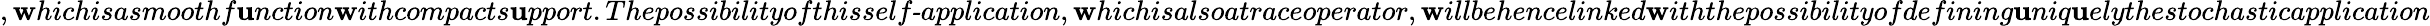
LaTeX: ,\mathbf{w}hichisasmoothf\mathbf{u}nction\mathbf{w}ithcompacts\mathbf{u}pport.Thepossibilityofthis\textit{{self-application}},\mathbf{w}hichisalsoa\textit{{traceoperator}},\mathbf{w}illbehencelinked\mathbf{w}iththepossibilityofdefining\mathbf{u}niq\mathbf{u}elythestochasticapplication